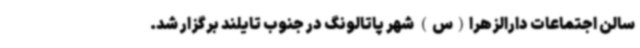
سالن اجتماعات دارالزهرا(س) شهر پاتالونگ در جنوب تایلند برگزار شد.